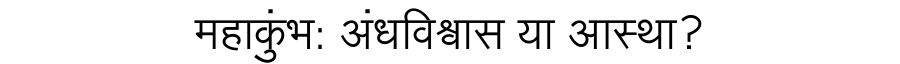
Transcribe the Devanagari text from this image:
महाकुंभ: अंधविश्वास या आस्था?